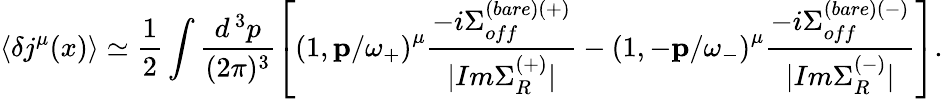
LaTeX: \langle\delta j^{\mu}(x)\rangle\simeq\frac{1}{2}\int\frac{d^{\, 3}p}{(2\pi)^{3}}\left[\left(1,{\mathbf p}/\omega_{+}\right)^{\mu}\frac{-i\Sigma_{off}^{(bare)(+)}}{|Im\Sigma_{R}^{(+)}|}-\left(1,-{\mathbf p}/\omega_{-}\right)^{\mu}\frac{-i\Sigma_{off}^{(bare)(-)}}{|Im\Sigma_{R}^{(-)}|}\right].